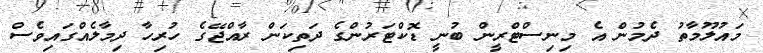
މައުލޫމާތު ދެމުން އެ މިނިސްޓްރީން ބުނީ ޑޮކްޓަރުންގެ ދަތިކަން ރާއްޖޭގެ ހުރިހާ ދިމާލެއްގައިވެސް